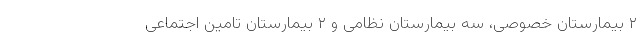
۲ بیمارستان خصوصی، سه بیمارستان نظامی و ۲ بیمارستان تامین اجتماعی